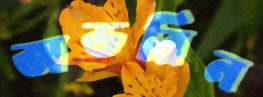
অডরিন